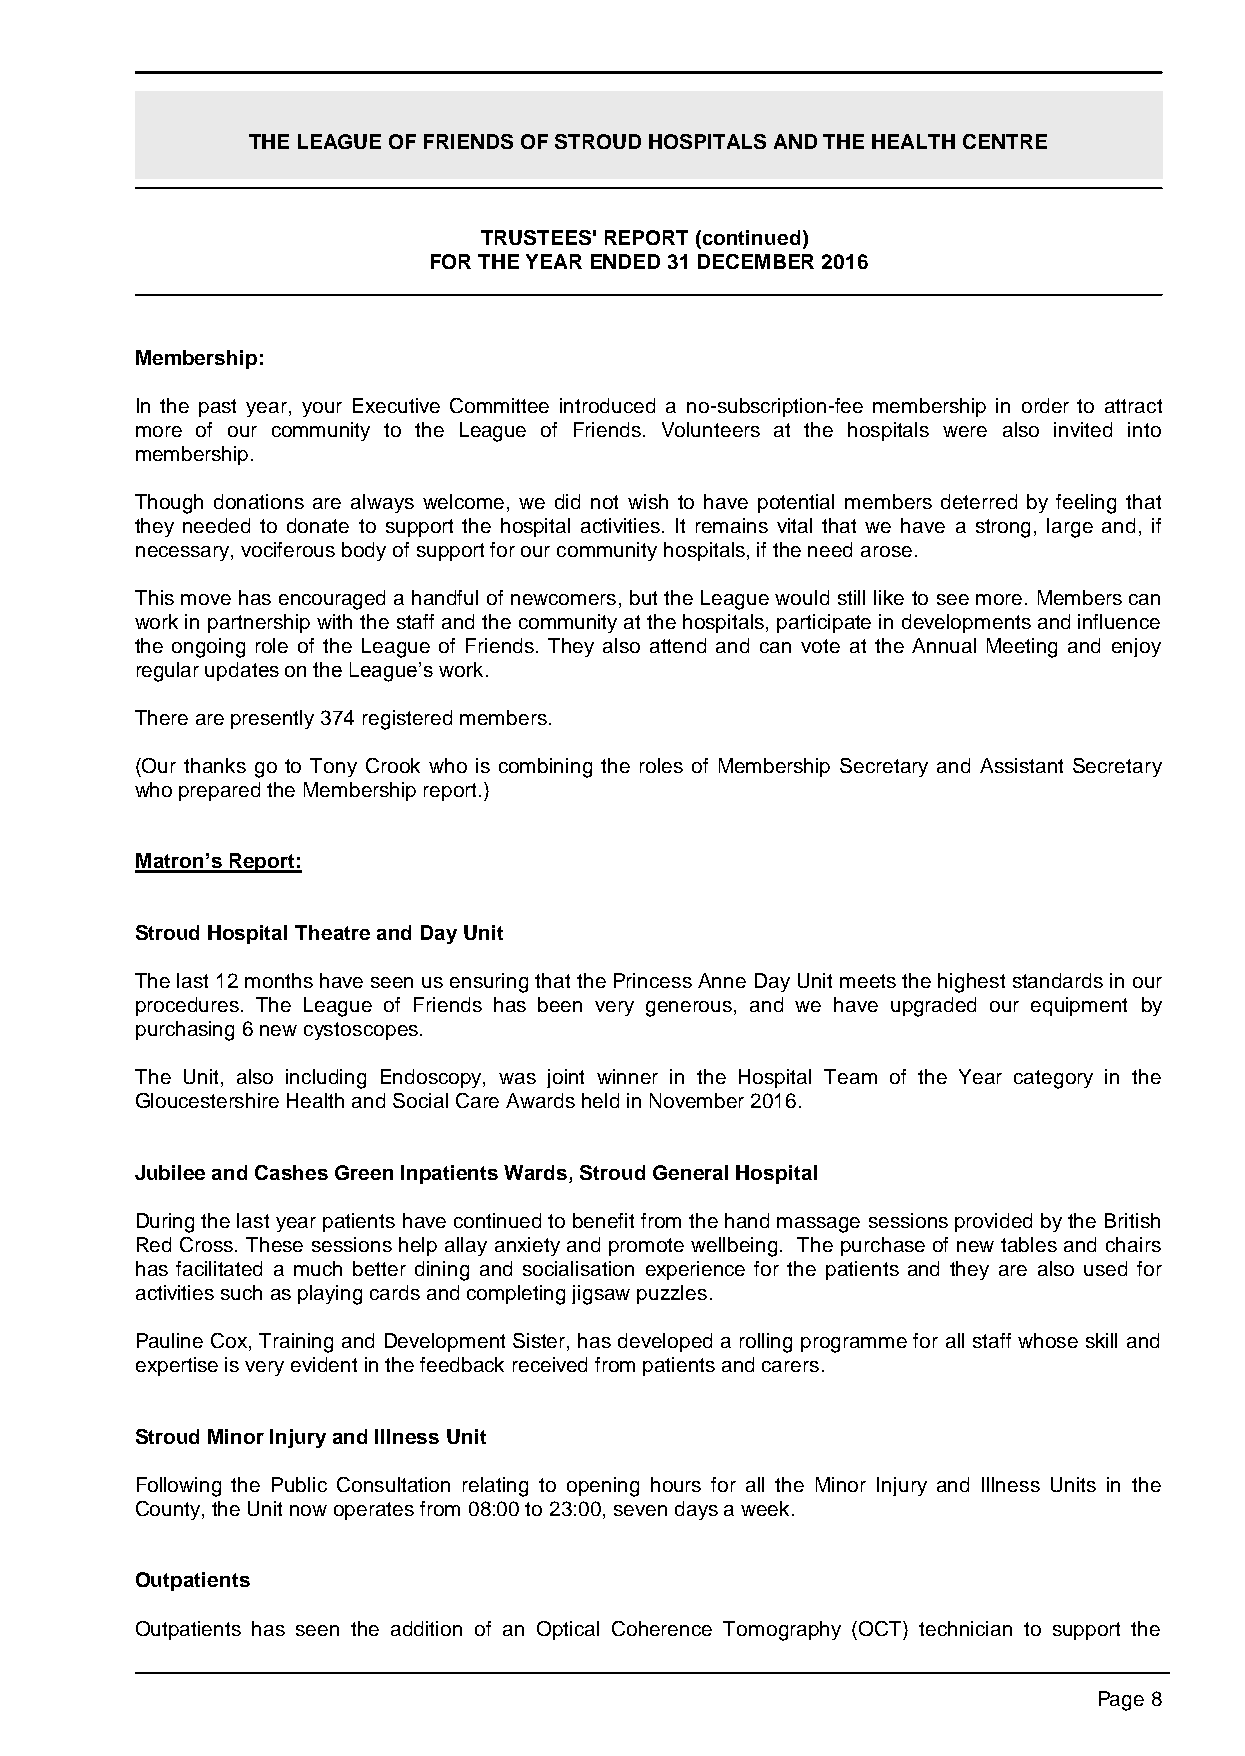
THE LEAGUE OF FRIENDS OF STROUD HOSPITALS AND THE HEALTH CENTRE
 TRUSTEES' REPORT (continued)
 FOR THE YEAR ENDED 31 DECEMBER 2016
 Membership:
 In the past year, your Executive Committee introduced a no-subscription-fee membership in order to attract
 more of our community to the League of Friends. Volunteers at the hospitals were also invited into
 membership.
 Though donations are always welcome, we did not wish to have potential members deterred by feeling that
 they needed to donate to support the hospital activities. It remains vital that we have a strong, large and, if
 necessary, vociferous body of support for our community hospitals, if the need arose.
 This move has encouraged a handful of newcomers, but the League would still like to see more. Members can
 work in partnership with the staff and the community at the hospitals, participate in developments and influence
 the ongoing role of the League of Friends. They also attend and can vote at the Annual Meeting and enjoy
 regular updates on the League’s work.
 There are presently 374 registered members.
 (Our thanks go to Tony Crook who is combining the roles of Membership Secretary and Assistant Secretary
 who prepared the Membership report.)
 Matron’s Report:
 Stroud Hospital Theatre and Day Unit
 The last 12 months have seen us ensuring that the Princess Anne Day Unit meets the highest standards in our
 procedures. The League of Friends has been very generous, and we have upgraded our equipment by
 purchasing 6 new cystoscopes.
 The Unit, also including Endoscopy, was joint winner in the Hospital Team of the Year category in the
 Gloucestershire Health and Social Care Awards held in November 2016.
 Jubilee and Cashes Green Inpatients Wards, Stroud General Hospital
 During the last year patients have continued to benefit from the hand massage sessions provided by the British
 Red Cross. These sessions help allay anxiety and promote wellbeing. The purchase of new tables and chairs
 has facilitated a much better dining and socialisation experience for the patients and they are also used for
 activities such as playing cards and completing jigsaw puzzles.
 Pauline Cox, Training and Development Sister, has developed a rolling programme for all staff whose skill and
 expertise is very evident in the feedback received from patients and carers.
 Stroud Minor Injury and Illness Unit
 Following the Public Consultation relating to opening hours for all the Minor Injury and Illness Units in the
 County, the Unit now operates from 08:00 to 23:00, seven days a week.
 Outpatients
 Outpatients has seen the addition of an Optical Coherence Tomography (OCT) technician to support the
 Page 8